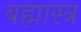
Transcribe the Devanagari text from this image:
बह्मास्त्र